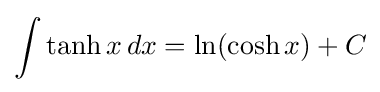
\int \tanh x\,dx=\ln(\cosh x)+C